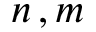
n \, , m